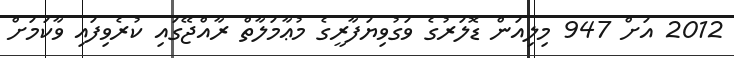
2012 އަށް 947 މިލިއަން ޑޮލަރުގެ ވަގުވިޔަފާރީގެ މުޢާމަލާތް ރާއްޖޭގައި ކުރެވިފައި ވާކަމަށް